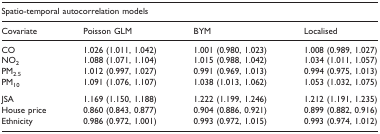
<table><thead><tr><td colspan="4"><b>Spatio-temporal autocorrelation models</b></td></tr><tr><td><b>Covariate</b></td><td><b>Poisson GLM</b></td><td><b>BYM</b></td><td><b>Localised</b></td></tr></thead><tbody><tr><td>CO</td><td>1.026 (1.011, 1.042)</td><td>1.001 (0.980, 1.023)</td><td>1.008 (0.989, 1.027)</td></tr><tr><td>NO<sub>2</sub></td><td>1.088 (1.071, 1.104)</td><td>1.015 (0.988, 1.042)</td><td>1.034 (1.011, 1.057)</td></tr><tr><td>PM<sub>2.5</sub></td><td>1.012 (0.997, 1.027)</td><td>0.991 (0.969, 1.013)</td><td>0.994 (0.975, 1.013)</td></tr><tr><td>PM<sub>10</sub></td><td>1.091 (1.076, 1.107)</td><td>1.038 (1.013, 1.062)</td><td>1.053 (1.032, 1.075)</td></tr><tr><td>JSA</td><td>1.169 (1.150, 1.188)</td><td>1.222 (1.199, 1.246)</td><td>1.212 (1.191, 1.235)</td></tr><tr><td>House price</td><td>0.860 (0.843, 0.877)</td><td>0.904 (0.886, 0.921)</td><td>0.899 (0.882, 0.916)</td></tr><tr><td>Ethnicity</td><td>0.986 (0.972, 1.001)</td><td>0.993 (0.972, 1.015)</td><td>0.993 (0.974, 1.012)</td></tr></tbody></table>